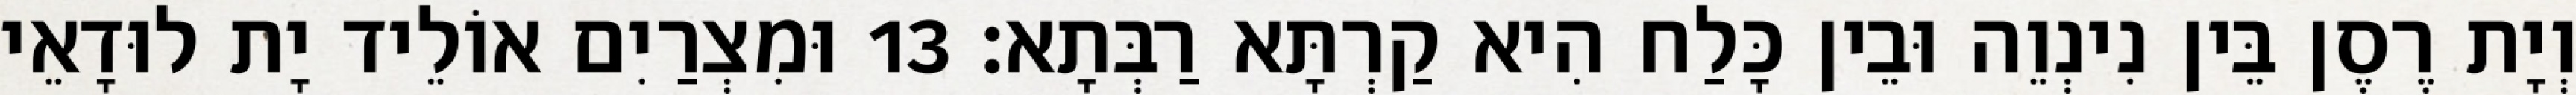
וְיָת רֶסֶן בֵּין נִינְוֵה וּבֵין כָּלַח הִיא קַרְתָּא רַבְּתָא׃ 13 וּמִצְרַיִם אוֹלֵיד יָת לוּדָאֵי